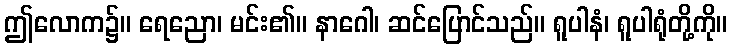
ဤလောက၌။ ရေညော၊ မင်း၏။ နာဂေါ၊ ဆင်ပြောင်သည်။ ရူပါနံ၊ ရူပါရုံတို့ကို။